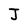
Character: J